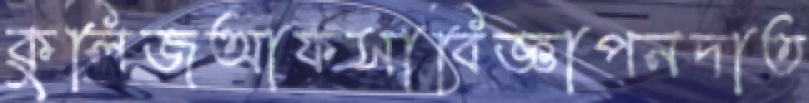
কুলিজআফসাবিজ্ঞাপনদাত